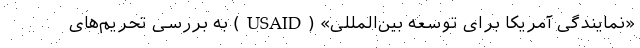
«نمایندگی آمریکا برای توسعه بین‌المللی» (USAID) به بررسی تحریم‌های